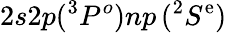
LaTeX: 2s2p(^{3}{P^{o}})np\, ({^2S^{\mathrm{e}}})